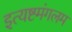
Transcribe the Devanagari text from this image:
इत्यष्टमंगलम